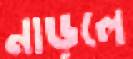
নাড়লে